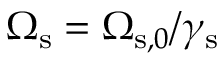
\Omega _ { \mathrm { s } } = \Omega _ { \mathrm { s } , 0 } / \gamma _ { \mathrm { s } }